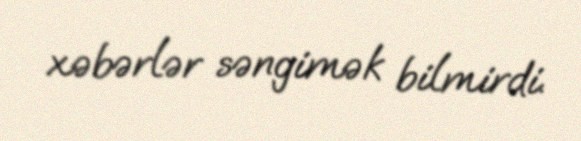
xəbərlər səngimək bilmirdi.